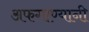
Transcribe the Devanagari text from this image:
अफगाण्यानी